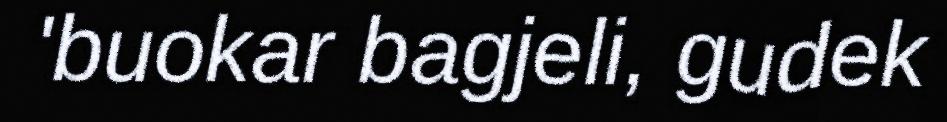
'buokar bagjeli, gudek